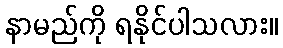
နာမည်ကို ရနိုင်ပါသလား။